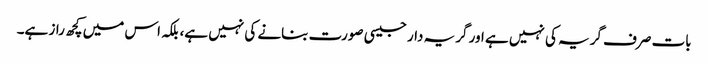
بات صرف گریہ کی نہیں ہے اور گریہ دار جیسی صورت بنانے کی نہیں ہے، بلکہ اس میں کچھ راز ہے۔